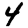
Digit: 4